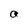
Character: a